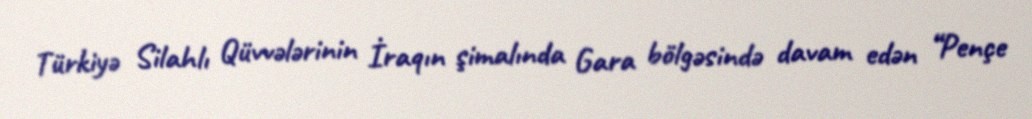
Türkiyə Silahlı Qüvvələrinin İraqın şimalında Gara bölgəsində davam edən “Pençe